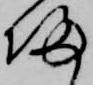
帰